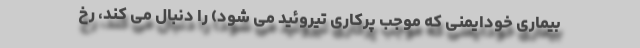
بیماری خودایمنی که موجب پرکاری تیروئید می شود) را دنبال می کند، رخ